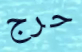
حرج